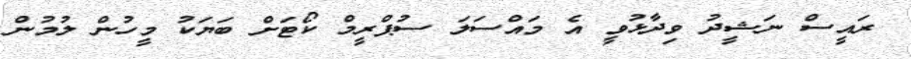
ރައީސް ނަޝީދު ވިދާޅުވީ އެ މައްސަލަ ސުޕްރީމް ކޯޓަށް ބަޔަކު މީހުން ލުމުން